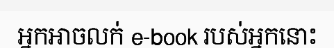
អ្នកអាចលក់ e-book របស់អ្នកនោះ